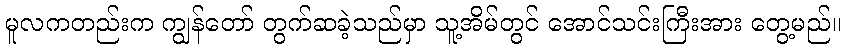
မူလကတည်းက ကျွန်တော် တွက်ဆခဲ့သည်မှာ သူ့အိမ်တွင် အောင်သင်းကြီးအား တွေ့မည်။